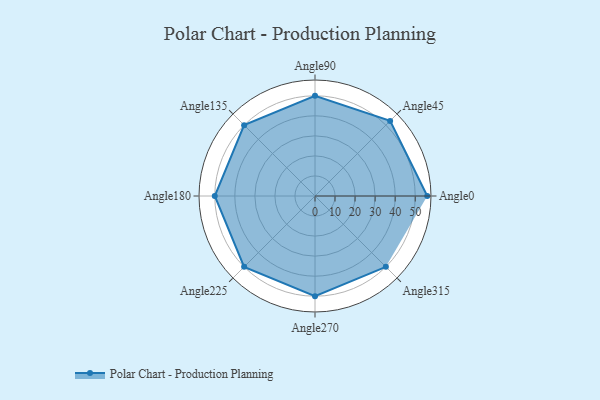
{"axis": {"x": "Angle", "y": "Radius"}, "legend": [""], "data": [{"x": "Angle0", "y": 56.0, "type": ""}, {"x": "Angle45", "y": 53.0, "type": ""}, {"x": "Angle90", "y": 50, "type": ""}, {"x": "Angle135", "y": 50, "type": ""}, {"x": "Angle180", "y": 50, "type": ""}, {"x": "Angle225", "y": 50, "type": ""}, {"x": "Angle270", "y": 50, "type": ""}, {"x": "Angle315", "y": 50, "type": ""}]}